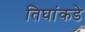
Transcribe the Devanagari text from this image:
तिघांकडे